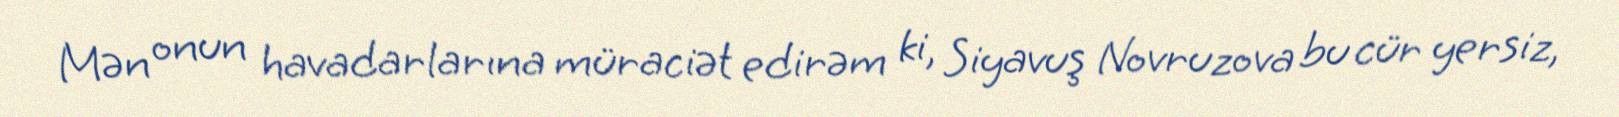
Mən onun havadarlarına müraciət edirəm ki, Siyavuş Novruzova bu cür yersiz,